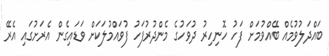
ބައްދަލުވުމެއް ބޭއްވުމަށް ފަހު ހޮނިހިރު ދުވަހުގެ މެންދުރުފަހު ފުވައްމުލަކަށް ވަޑައިގެން އެރަށުގައި އެރޭ